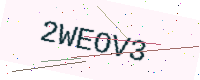
Text: 2WEOV3